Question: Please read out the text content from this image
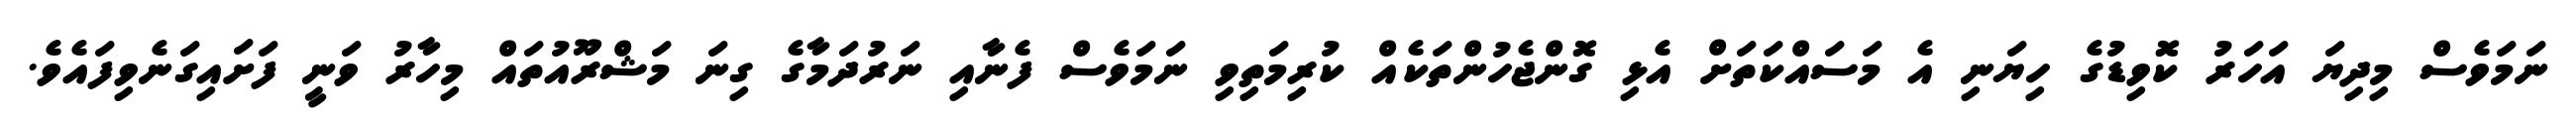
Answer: ނަމަވެސް މިދިޔަ އަހަރު ކޮވިޑުގެ ހިޔަނި އެ މަސައްކަތަށް އެޅި ގޮންޖެހުންތަކެއް ކުރިމަތިވި ނަމަވެސް ފެނާއި ނަރުދަމާގެ ގިނަ މަޝްރޫއުތައް މިހާރު ވަނީ ފަށައިގަނެވިފައެވެ.